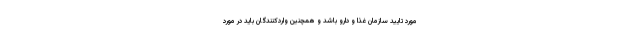
مورد تایید سازمان غذا و دارو باشد و همچنین واردکنندگان باید در مورد